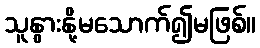
သူနွားနို့မသောက်၍မဖြစ်။